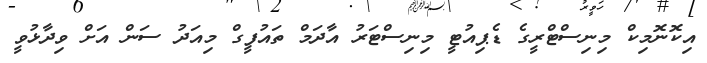
އިކޮނޮމިކް މިނިސްޓްރީގެ ޑެޕިއުޓީ މިނިސްޓަރު އާދަމް ތައުފީގް މިއަދު ސަން އަށް ވިދާޅުވީ